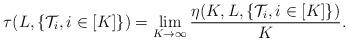
LaTeX: \begin{align*}\tau(L,\{{\cal T}_i, i\in[K]\}) = \lim_{K\rightarrow \infty} \frac{\eta(K,L,\{{\cal T}_i, i\in[K]\})}{K}.\end{align*}